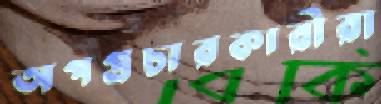
অপপ্রচারকারীরা